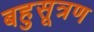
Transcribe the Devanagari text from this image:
बहुसूत्रण